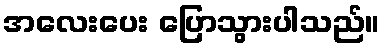
အလေးပေး ပြောသွားပါသည်။